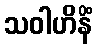
သဝါဟိနိံ